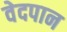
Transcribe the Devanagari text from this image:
वेदपान